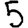
Digit: 5